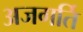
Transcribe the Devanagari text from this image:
अजगर्ति